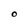
Character: O